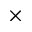
\times